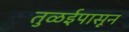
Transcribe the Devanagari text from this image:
तुळईपासून